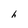
Character: h